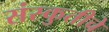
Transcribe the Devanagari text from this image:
संस्कुतीचे